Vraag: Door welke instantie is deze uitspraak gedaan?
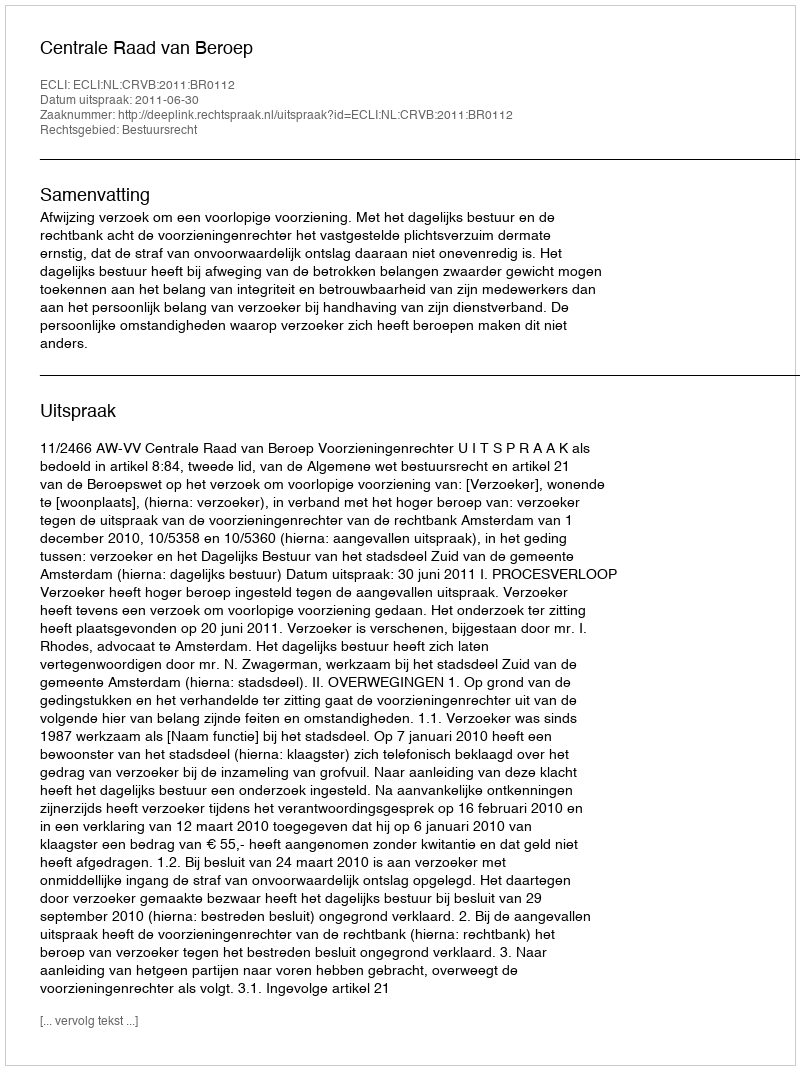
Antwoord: Centrale Raad van Beroep